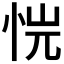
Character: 𢙙